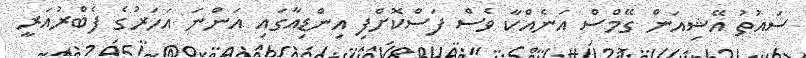
ސައުތު އޭޝިއަން ގޭމްސް އަނެއްކާ ވެސް ފަސްކޮށްފި އިންޑިއާގައި އަންނަ އަހަރުގެ ފެބްރުއަރީ